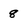
Character: 8